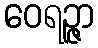
ဝေရဉ္ဇာ